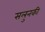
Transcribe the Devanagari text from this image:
सलुनकी